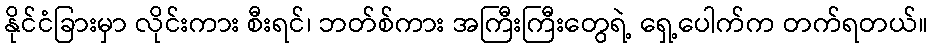
နိုင်ငံခြားမှာ လိုင်းကား စီးရင်၊ ဘတ်စ်ကား အကြီးကြီးတွေရဲ့ ရှေ့ပေါက်က တက်ရတယ်။